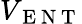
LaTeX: V_{\mathrm{~E~N~T~}}